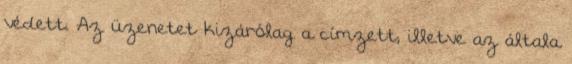
védett. Az üzenetet kizárólag a címzett, illetve az általa